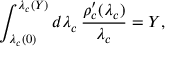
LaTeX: \int _ { \lambda _ { c } ( 0 ) } ^ { \lambda _ { c } ( Y ) } d \lambda _ { c } \, \frac { \rho _ { c } ^ { \prime } ( \lambda _ { c } ) } { \lambda _ { c } } = Y ,